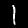
Digit: 1